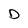
Character: D